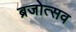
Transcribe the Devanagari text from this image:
ब्रजोत्सव